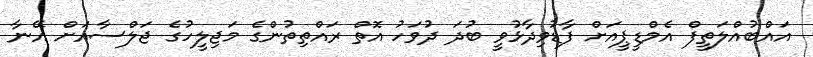
އައްބުއްލަތީފް އެމްޑީޕީއަށް ފާޑުވިދާޅުވީ ބުދަ ދުވަހު އޮތް ރައްތިތުންގެ މަޖިލީހުގެ ޖަލްސާއަށް އޭނާ